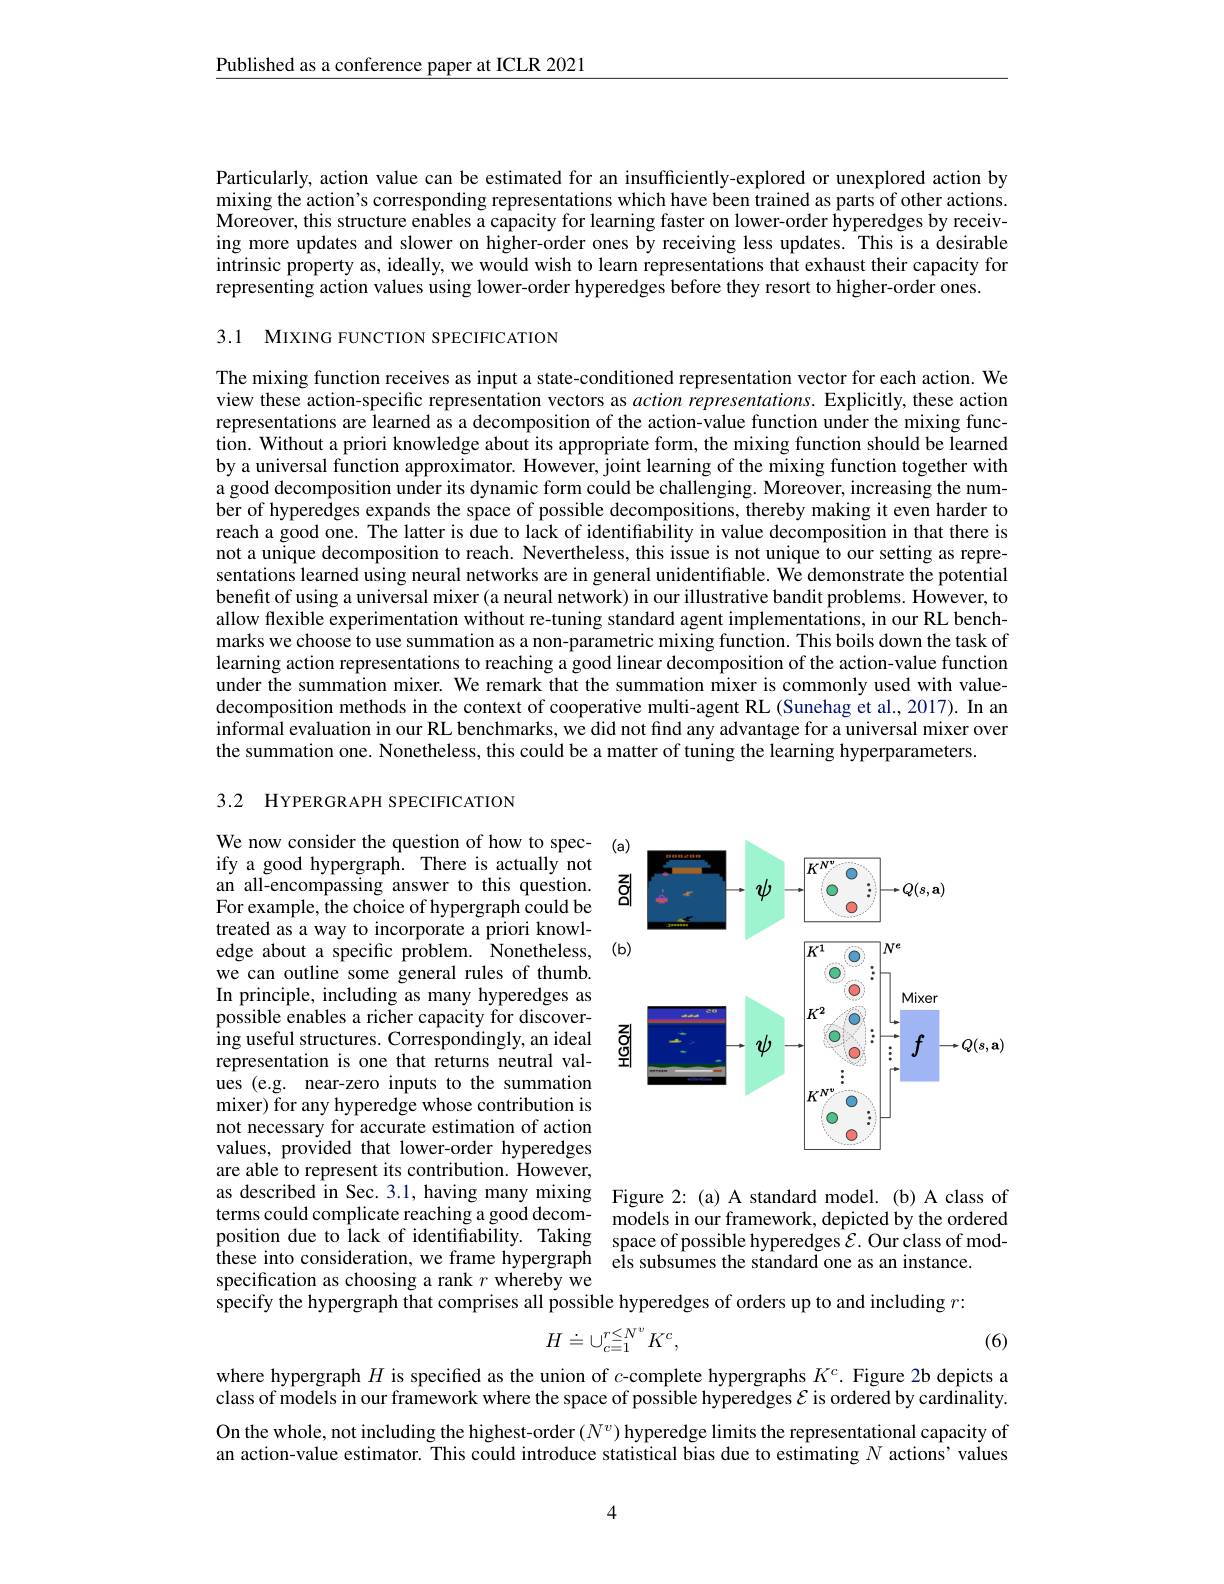
Published as a conference paper at ICLR 2021

Particularly, action value can be estimated for an insufficiently-explored or unexplored action by mixing the action's corresponding representations which have been trained as parts of other actions. Moreover, this structure enables a capacity for learning faster on lower-order hyperedges by receiving more updates and slower on higher-order ones by receiving less updates. This is a desirable intrinsic property as, ideally, we would wish to learn representations that exhaust their capacity for representing action values using lower-order hyperedges before they resort to higher-order ones.
3.1 MIXING FUNCTION SPECIFICATION

The mixing function receives as input a state-conditioned representation vector for each action. We view these action-specific representation vectors as action representations. Explicitly, these action representations are learned as a decomposition of the action-value function under the mixing func- $\hat{\text{tion. Without a priori knowledge about its appropriate form, the mixing function should be learned}}$ by a universal function approximator. However, joint learning of the mixing function together with a good decomposition under its dynamic form could be challenging. Moreover, increasing the number of hyperedges expands the space of possible decompositions, thereby making it even harder to reach a good one. The latter is due to lack of identifiability in value decomposition in that there is not a unique decomposition to reach. Nevertheless, this issue is not unique to our setting as representations learned using neural networks are in general unidentifiable. We demonstrate the potential benefit of using a universal mixer (a neural network) in our illustrative bandit problems. However, to allow flexible experimentation without re-tuning standard agent implementations, in our RL benchmarks we choose to use summation as a non-parametric mixing function. This boils down the task of learning action representations to reaching a good linear decomposition of the action-value function under the summation mixer. We remark that the summation mixer is commonly used with valuedecomposition methods in the context of cooperative multi-agent RL (Sunehag et al., 2017). In an informal evaluation in our RL benchmarks, we did not find any advantage for a universal mixer over the summation one. Nonetheless, this could be a matter of tuning the learning hyperparameters.

3.2 HYPERGRAPH SPECIFICATION

<FigureHere>

We now consider the question of how to specify a good hypergraph. There is actually not an all-encompassing answer to this question. For example, the choice of hypergraph could be treated as a way to incorporate a priori knowledge about a specific problem. Nonetheless, we can outline some general rules of thumb. In principle, including as many hyperedges as possible enables a richer capacity for discovering useful structures. Correspondingly, an ideal representation is one that returns neutral values (e.g. near-zero inputs to the summation mixer) for any hyperedge whose contribution is not necessary for accurate estimation of action values, provided that lower-order hyperedges are able to represent its contribution. However, as described in Sec.3.1, having many mixing Figure 2: (a) A standard model. (b) A class of terms could complicate reaching a good decom- models in our framework, depicted by the ordered position due to lack of identifiability. Taking space of possible hyperedges $\mathcal{E}$.Our class of modthese into consideration, we frame hypergraph els subsumes the standard one as an instance.
specification as choosing a rank $r$ whereby we
specify the hypergraph that comprises all possible hyperedges of orders up to and including $r{:}$
$$H\doteq\cup_{c=1}^{r\leq N^v}K^c,$$
(6)

where hypergraph $H$ is specified as the union of $c$-complete hypergraphs $K^c.$ Figure 2b depicts a class of models in our framework where the space of possible hyperedges $\mathcal{E}$ is ordered by cardinality.

On the whole, not including the highest-order $(N^v)$ hyperedge limits the representational capacity of an action-value estimator. This could introduce statistical bias due to estimating $N$ actions' values

4